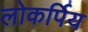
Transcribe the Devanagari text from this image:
लोकर्पिय